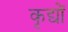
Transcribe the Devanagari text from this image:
कृद्यों